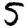
Digit: 5